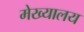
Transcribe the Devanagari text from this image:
मेख्यालय